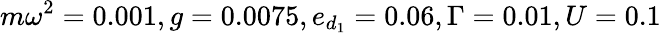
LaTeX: m\omega^{2}=0.001,g=0.0075,e_{d_{1}}=0.06,\Gamma=0.01,U=0.1